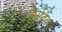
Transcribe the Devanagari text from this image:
नार्मदेव